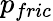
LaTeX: p_{fric}